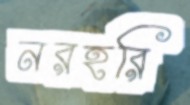
নরহরি